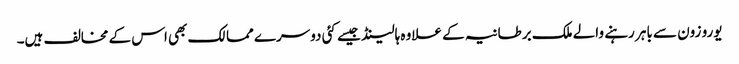
یورو زون سے باہر رہنے والے ملک برطانیہ کے علاوہ ہالینڈ جیسے کئی دوسرے ممالک بھی اس کے مخالف ہیں۔